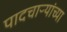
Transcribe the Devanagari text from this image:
पादचाऱ्यांच्या